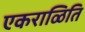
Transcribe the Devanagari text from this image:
एकराळिति